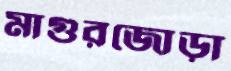
মাগুরজোড়া